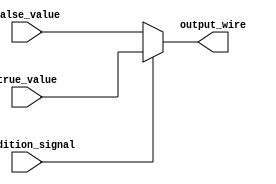
module conditional_assignment (
    input wire condition_signal,  // Condition signal (binary input)
    input wire true_value,        // Value assigned when condition is true
    input wire false_value,       // Value assigned when condition is false
    output wire output_wire       // Output wire reflecting the result
);

// Continuous assignment using the ternary operator
assign output_wire = condition_signal ? true_value : false_value;

endmodule